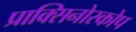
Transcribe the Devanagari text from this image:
प्राक्सिनोस्कोप